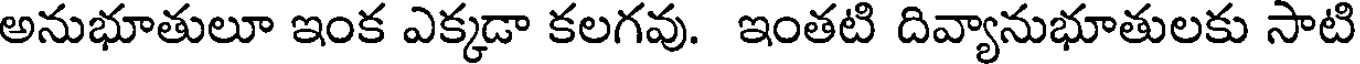
అనుభూతులూ ఇంక ఎక్కడా కలగవు. ఇంతటి దివ్యానుభూతులకు సాటి